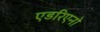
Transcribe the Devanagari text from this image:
एडरिएनो